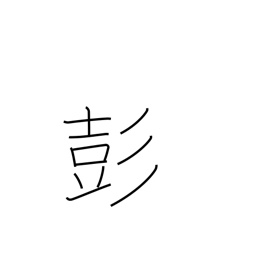
Meaning: sound of drum